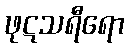
ဖုဋသရီရော